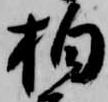
柏